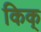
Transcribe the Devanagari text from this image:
किक्